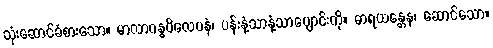
သုံးဆောင်ခံစားသော။ မာလာဂန္ဓဝိလေပနံ၊ ပန်းနံ့သာနံ့သာပျောင်းကို။ ဓာရယန္တေန၊ ဆောင်သော။